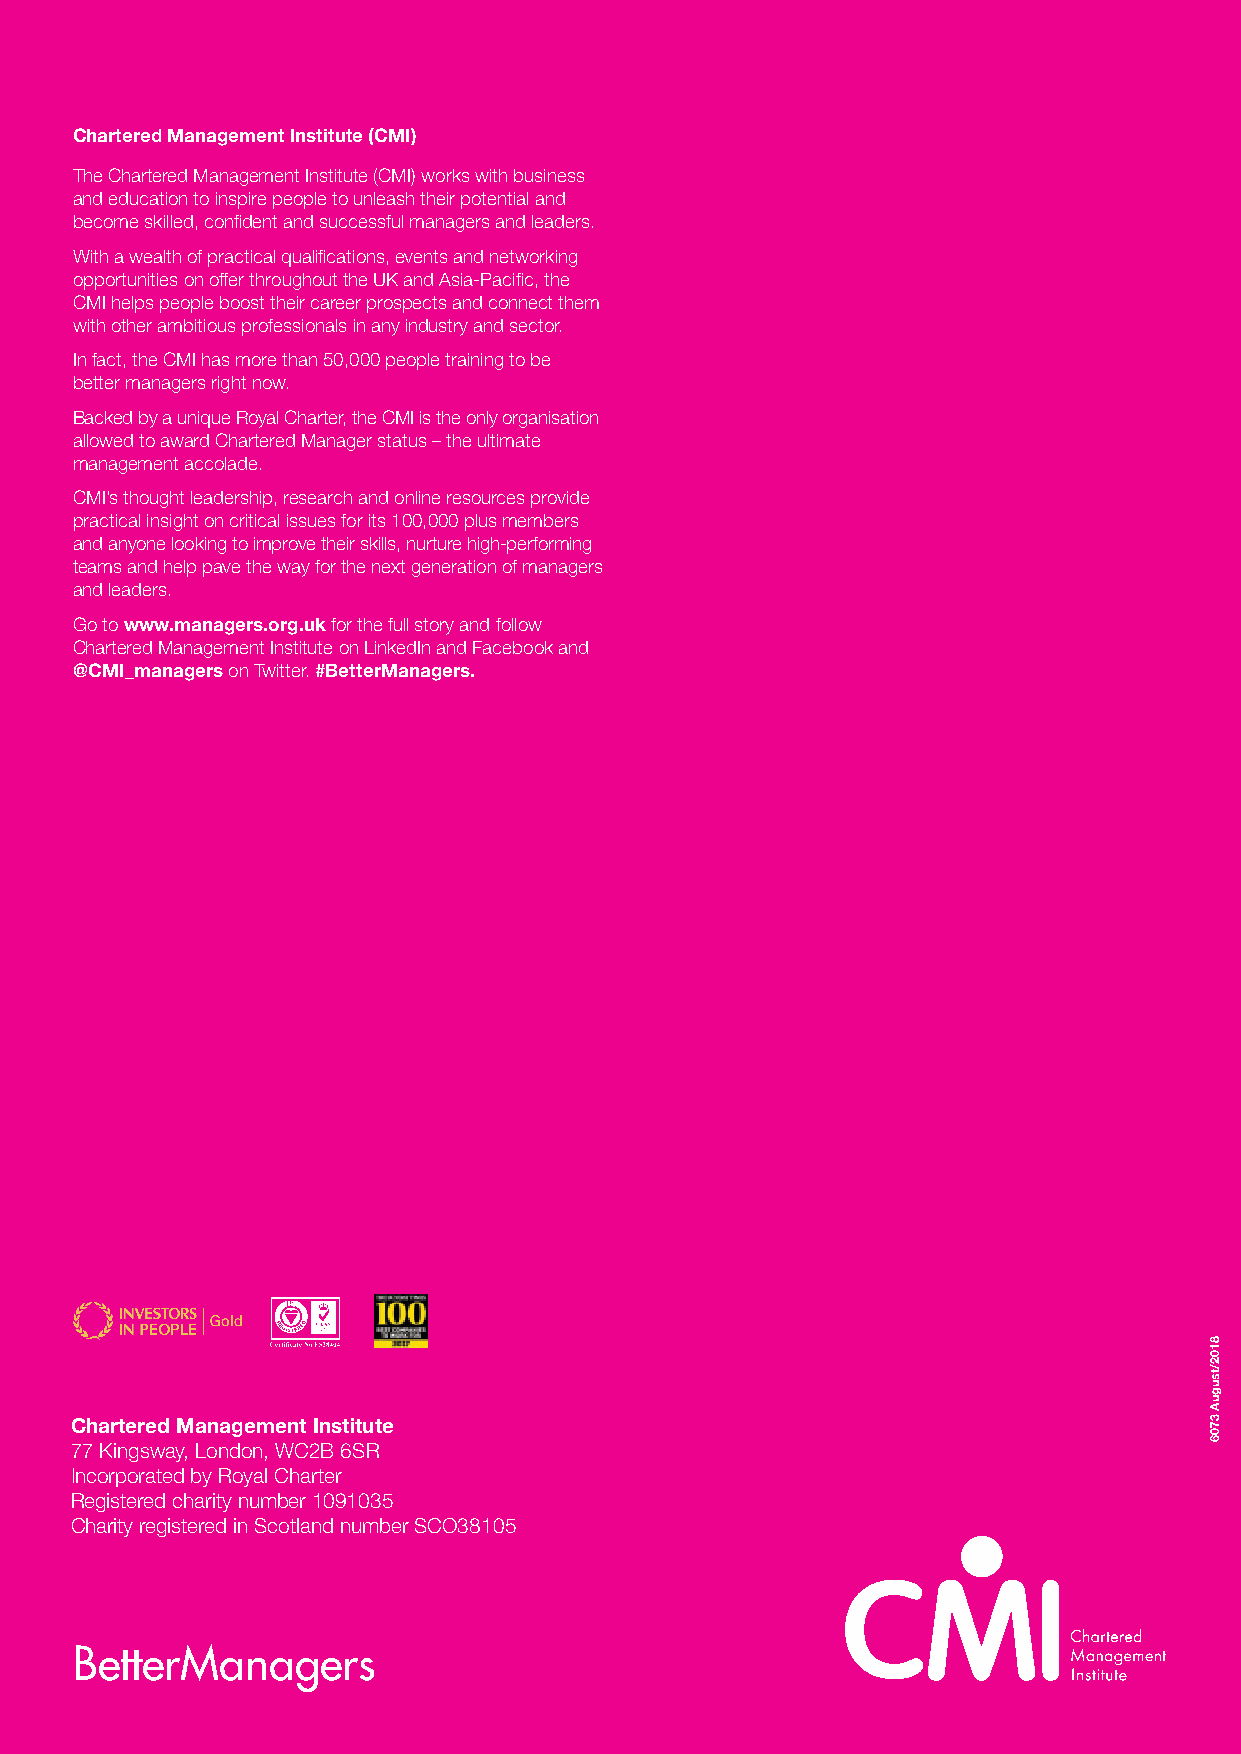
Chartered Management Institute (CMI)
 The Chartered Management Institute (CMI) works with business
 and education to inspire people to unleash their potential and
 become skilled, confident and successful managers and leaders.
 With a wealth of practical qualifications, events and networking
 opportunities on offer throughout the UK and Asia-Pacific, the
 CMI helps people boost their career prospects and connect them
 with other ambitious professionals in any industry and sector.
 In fact, the CMI has more than 50,000 people training to be
 better managers right now.
 Backed by a unique Royal Charter, the CMI is the only organisation
 allowed to award Chartered Manager status – the ultimate
 management accolade.
 CMI’s thought leadership, research and online resources provide
 practical insight on critical issues for its 100,000 plus members
 and anyone looking to improve their skills, nurture high-performing
 teams and help pave the way for the next generation of managers
 and leaders.
 Go to www.managers.org.uk for the full story and follow
 Chartered Management Institute on LinkedIn and Facebook and
 @CMI_managers on Twitter. #BetterManagers.
 Chartered Management Institute
 77 Kingsway, London, WC2B 6SR
 Incorporated by Royal Charter
 Registered charity number 1091035
 Charity registered in Scotland number SCO38105
 BetterManagers
 8102/tsuguA
 3706